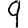
Digit: 9